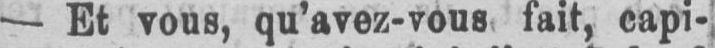
- Et vous, qu’avez-vous fait, capi-